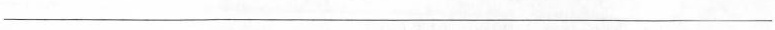
___